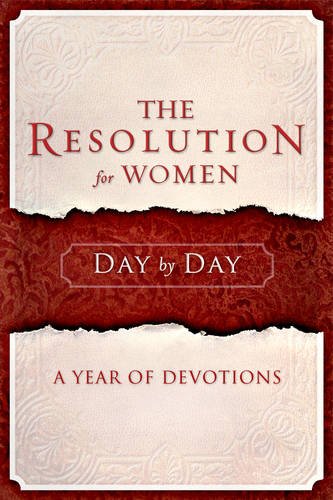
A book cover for The Resolution for Women Day by Day: A Year of Devotions; Priscilla Shirer; Christian Books & Bibles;